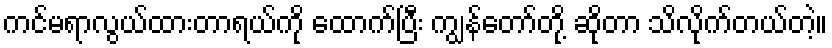
ကင်မရာလွယ်ထားတာရယ်ကို ထောက်ပြီး ကျွန်တော်တို့ ဆိုတာ သိလိုက်တယ်တဲ့။